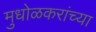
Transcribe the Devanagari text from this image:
मुधोळकरांच्या